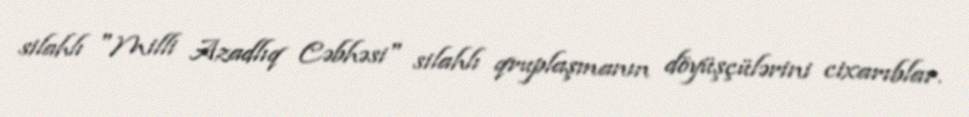
silahlı "Milli Azadlıq Cəbhəsi" silahlı qruplaşmanın döyüşçülərini cixarıblar.